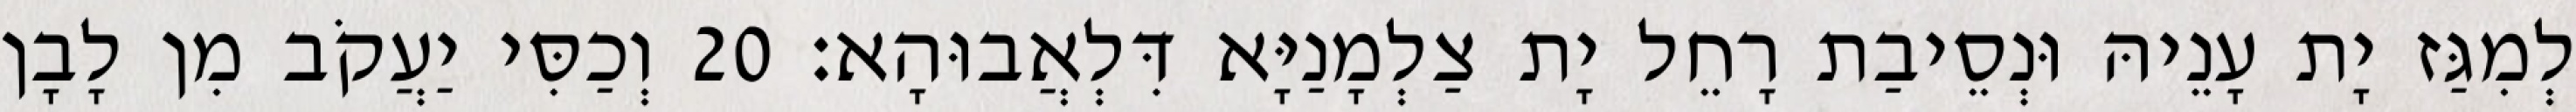
לְמִגַּז יָת עָנֵיהּ וּנְסֵיבַת רָחֵל יָת צַלְמָנַיָּא דִּלְאֲבוּהָא׃ 20 וְכַסִּי יַעֲקֹב מִן לָבָן